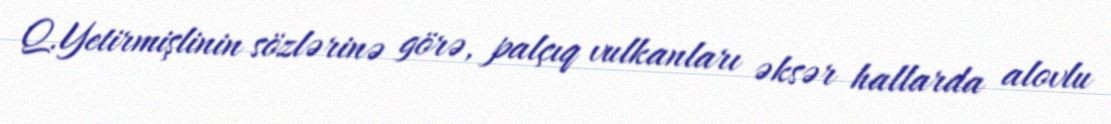
Q.Yetirmişlinin sözlərinə görə, palçıq vulkanları əksər hallarda alovlu